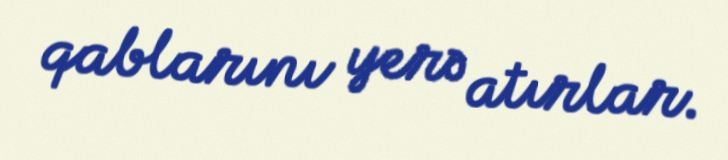
qablarını yerə atırlar.